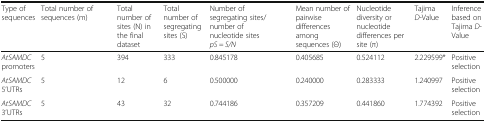
<table><thead><tr><td><b>Type of sequences</b></td><td><b>Total number of sequences (m)</b></td><td><b>Total number of sites (N) in the final dataset</b></td><td><b>Total number of segregating sites (S)</b></td><td><b>Number of segregating sites/number ofnucleotide sites <i>pS = S/N</i></b></td><td><b>Mean number of pairwise differences among sequences (Θ)</b></td><td><b>Nucleotide diversity or nucleotide differences per site (π)</b></td><td><b>Tajima <i>D</i>-Value</b></td><td><b>Inference based on Tajima <i>D</i>-Value</b></td></tr></thead><tbody><tr><td><i>AtSAMDC</i> promoters</td><td>5</td><td>394</td><td>333</td><td>0.845178</td><td>0.405685</td><td>0.524112</td><td>2.229599*</td><td>Positiveselection</td></tr><tr><td><i>AtSAMDC</i> 5’UTRs</td><td>5</td><td>12</td><td>6</td><td>0.500000</td><td>0.240000</td><td>0.283333</td><td>1.240997</td><td>Positive selection</td></tr><tr><td><i>AtSAMDC</i> 3’UTRs</td><td>5</td><td>43</td><td>32</td><td>0.744186</td><td>0.357209</td><td>0.441860</td><td>1.774392</td><td>Positive selection</td></tr></tbody></table>